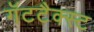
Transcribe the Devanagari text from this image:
गॅटटैक्स्ट